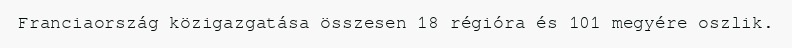
Franciaország közigazgatása összesen 18 régióra és 101 megyére oszlik.